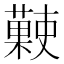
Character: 𧀞